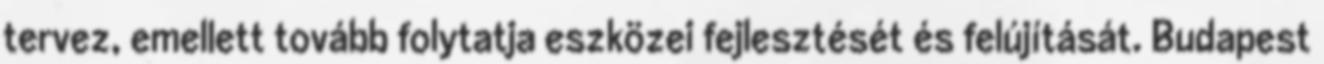
tervez, emellett tovább folytatja eszközei fejlesztését és felújítását. Budapest